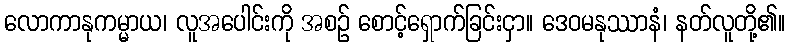
လောကာနုကမ္မာယ၊ လူအပေါင်းကို အစဉ် စောင့်ရှောက်ခြင်းငှာ။ ဒေဝမနုဿာနံ၊ နတ်လူတို့၏။